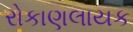
રોકાણલાયક